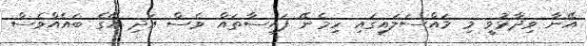
އޭނާ ވިދާޅުވީ މި މައްސަލައިގައި ހިމެނޭ ފައިސާތައް ވެސް އަދި އޭގެ ބައެއްވެސް